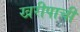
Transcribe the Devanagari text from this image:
खरीपाची